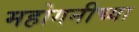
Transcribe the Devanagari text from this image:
महोगनीच्या